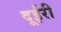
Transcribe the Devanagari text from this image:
दूईरी